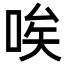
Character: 唉